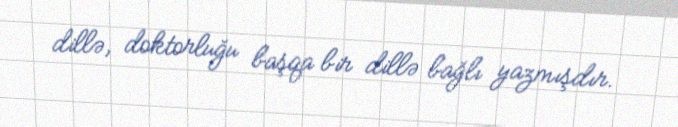
dillə, doktorluğu başqa bir dillə bağlı yazmışdır.